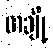
တချို့